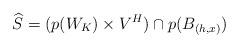
LaTeX: \begin{align*} \widehat{S} = ( p(W_K) \times V^H) \cap p(B_{(h,x)} )\end{align*}